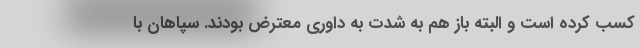
کسب کرده است و البته باز هم به شدت به داوری معترض بودند. سپاهان با